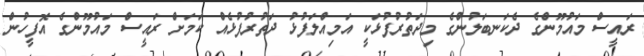
ރައީސް މައުމޫންގެ ދެކަނބަލުންގެ މިދަތުރުފުޅަކީ އަމިއްލަފުޅު ދަތުރުފުޅެއް ކަމަށް ރައީސް މައުމޫންގެ އޮފީހުން